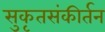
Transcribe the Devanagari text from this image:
सुकृतसंकीर्तन